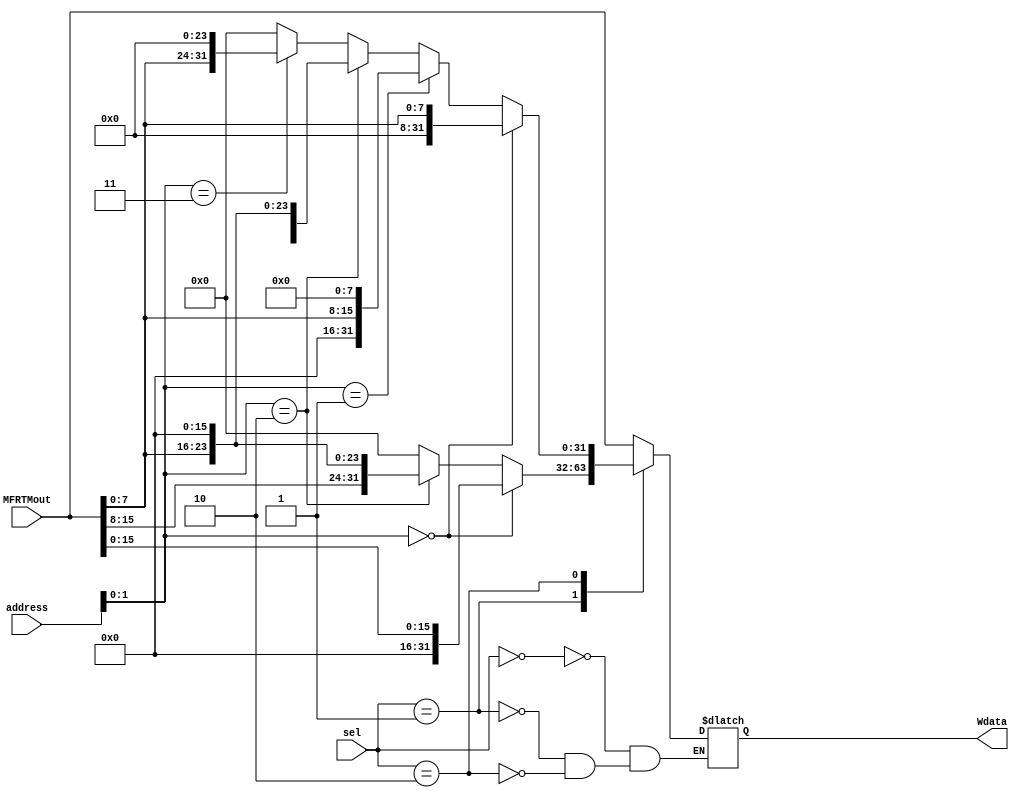
`timescale 1ns / 1ps
//////////////////////////////////////////////////////////////////////////////////
// Company: 
// Engineer: 
// 
// Design Name: 
// Module Name:    Wdata_produce 
// Project Name: 
// Target Devices: 
// Tool versions: 
// Description: 
//
// Dependencies: 
//
// Revision: 
// Revision 0.01 - File Created
// Additional Comments: 
//
//////////////////////////////////////////////////////////////////////////////////
module Wdata_produce(
    input [31:0] MFRTMout,
    input [31:0] address,
    input [1:0] sel,
    output reg [31:0] Wdata
    );
	wire [1:0]lo=address[1:0];
	always @(*)begin
		case(sel)
			2'b00: Wdata<=MFRTMout;
			2'b01: begin
				if (lo==0)
					Wdata<={16'h0000,MFRTMout[15:0]};
				else if (lo==2)
					Wdata<={MFRTMout[15:0],16'h0000};
				else
					Wdata<=0;
				end
			2'b10: begin
				if (lo==0)
					Wdata<={24'h000000,MFRTMout[7:0]};
				else if (lo==1)
					Wdata<={16'h0000,MFRTMout[7:0],8'h00};
				else if (lo==2)
					Wdata<={8'h00,MFRTMout[7:0],16'h0000};
				else if (lo==3)
					Wdata<={MFRTMout[7:0],24'h000000};
				else
					Wdata<=0;
				end
		endcase
	end
endmodule